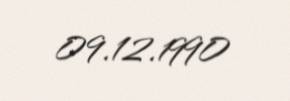
09.12.1990